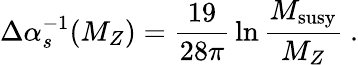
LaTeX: \Delta\alpha_{s}^{-1}(M_{Z})={\frac{19}{28\pi}}\ln{\frac{M_{\mathrm{susy}}}{M_{Z}}}~.